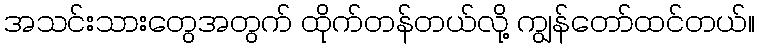
အသင်းသားတွေအတွက် ထိုက်တန်တယ်လို့ ကျွန်တော်ထင်တယ်။